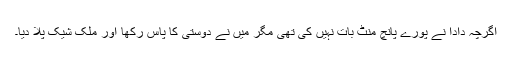
اگرچہ دادا نے پورے پانچ منٹ بات نہیں کی تھی مگر میں نے دوستی کا پاس رکھا اور ملک شیک پلا دیا۔